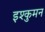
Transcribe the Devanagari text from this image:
इश्कुमन